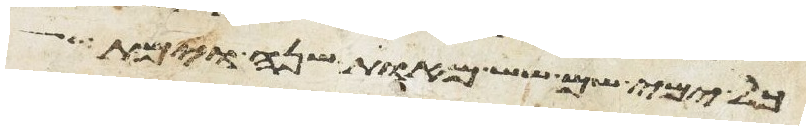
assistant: כל ימי שם שש מאות שנה וימת